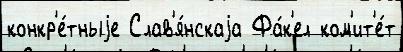
конкр'е́тныjе Слав'я́нскаjа Фа́к'ел ком'ит'е́т